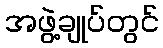
အဖွဲ့ချုပ်တွင်